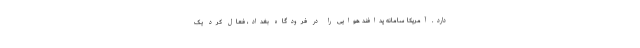
دارد. آمریکا سامانه پدافند هوایی را در فرودگاه بغداد، فعال کرد یک